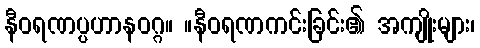
နီဝရဏပ္ပဟာနဝဂ္ဂ။ ။နီဝရဏကင်းခြင်း၏ အကျိုးများ၊